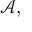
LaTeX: { \mathcal { A } } ,